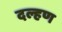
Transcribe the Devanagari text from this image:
दल्हण